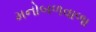
મનોબળવાળા